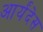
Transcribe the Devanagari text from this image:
आर्यंदेस